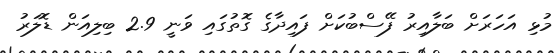
މުޅި އަހަރަށް ބަލާއިރު ފޭސްބުކަށް ފައިދާގެ ގޮތުގައި ވަނީ 2.9 ބިލިއަން ޑޮލަރު